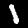
Digit: 1